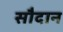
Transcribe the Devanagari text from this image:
सौदान